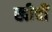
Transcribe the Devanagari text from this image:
खीचीं